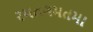
રમતગમતમા